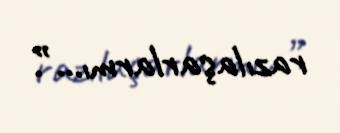
razılaşarlarmı...”.